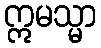
ဣမသ္မာ